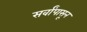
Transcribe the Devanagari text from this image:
सर्वांपासून